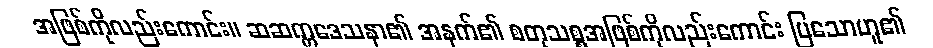
အဖြစ်ကိုလည်းကောင်း။ ဆဆက္ကဒေသနာ၏ အနက်၏ စတုသစ္စအဖြစ်ကိုလည်းကောင်း ပြသောဟူ၏